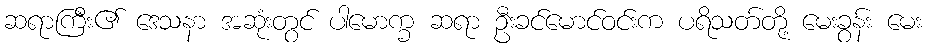
ဆရာကြီး၏ ဒေသနာ အဆုံးတွင် ပါမောက္ခ ဆရာ ဦးခင်မောင်ဝင်းက ပရိသတ်တို့ မေးခွန်း မေး